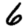
Digit: 6